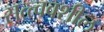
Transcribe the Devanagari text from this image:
सत्त्ववशील